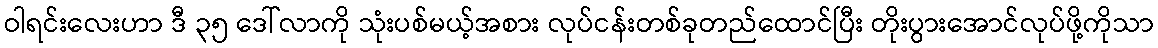
ဝါရင်းလေးဟာ ဒီ ၃၅ ဒေါ်လာကို သုံးပစ်မယ့်အစား လုပ်ငန်းတစ်ခုတည်ထောင်ပြီး တိုးပွားအောင်လုပ်ဖို့ကိုသာ